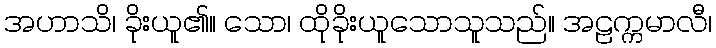
အဟာသိ၊ ခိုးယူ၏။ သော၊ ထိုခိုးယူသောသူသည်။ အဠက္ကမာလီ၊